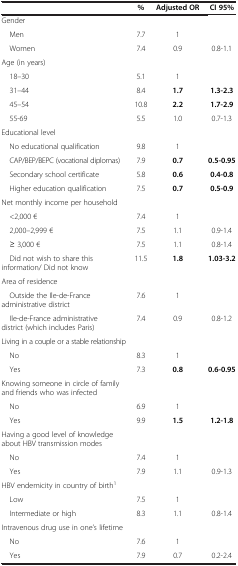
|  | % | Adjusted OR | CI 95% |
 | --- | --- | --- | --- |
 | Gender |  |  |  |
 | Men | 7.7 | 1 |  |
 | Women | 7.4 | 0.9 | 0.8-1.1 |
 | Age (in years) |  |  |  |
 | 18–30 | 5.1 | 1 |  |
 | 31–44 | 8.4 | 1.7 | 1.3-2.3 |
 | 45–54 | 10.8 | 2.2 | 1.7-2.9 |
 | 55-69 | 5.5 | 1.0 | 0.7-1.3 |
 | Educational level |  |  |  |
 | No educational qualification | 9.8 | 1 |  |
 | CAP/BEP/BEPC (vocational diplomas) | 7.9 | 0.7 | 0.5-0.95 |
 | Secondary school certificate | 5.8 | 0.6 | 0.4-0.8 |
 | Higher education qualification | 7.5 | 0.7 | 0.5-0.9 |
 | Net monthly income per household |  |  |  |
 | <2,000 € | 7.4 | 1 |  |
 | 2,000–2,999 € | 7.5 | 1.1 | 0.9-1.4 |
 | ≥ 3,000 € | 7.5 | 1.1 | 0.8-1.4 |
 | Did not wish to share this information/ Did not know | 11.5 | 1.8 | 1.03-3.2 |
 | Area of residence |  |  |  |
 | Outside the Ile-de-France administrative district | 7.6 | 1 |  |
 | Ile-de-France administrative district (which includes Paris) | 7.4 | 0.9 | 0.8-1.2 |
 | Living in a couple or a stable relationship |  |  |  |
 | No | 8.3 | 1 |  |
 | Yes | 7.3 | 0.8 | 0.6-0.95 |
 | Knowing someone in circle of family and friends who was infected |  |  |  |
 | No | 6.9 | 1 |  |
 | Yes | 9.9 | 1.5 | 1.2-1.8 |
 | Having a good level of knowledge about HBV transmission modes |  |  |  |
 | No | 7.4 | 1 |  |
 | Yes | 7.9 | 1.1 | 0.9-1.3 |
 | HBV endemicity in country of birth1 |  |  |  |
 | Low | 7.5 | 1 |  |
 | Intermediate or high | 8.3 | 1.1 | 0.8-1.4 |
 | Intravenous drug use in one’s lifetime |  |  |  |
 | No | 7.6 | 1 |  |
 | Yes | 7.9 | 0.7 | 0.2-2.4 |